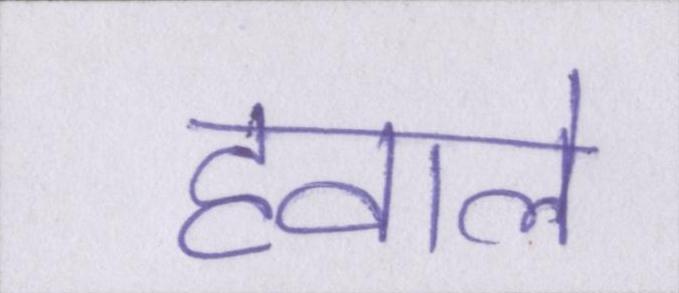
हवाले